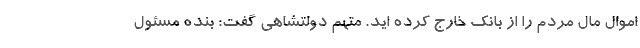
اموال مال مردم را از بانک خارج کرده اید. متهم دولتشاهی گفت: بنده مسئول